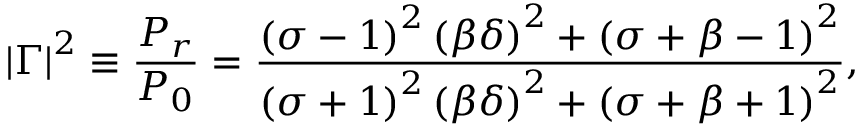
\left| \Gamma \right| ^ { 2 } \equiv \frac { P _ { r } } { P _ { 0 } } = \frac { \left( \sigma - 1 \right) ^ { 2 } \left( \beta \delta \right) ^ { 2 } + \left( \sigma + \beta - 1 \right) ^ { 2 } } { \left( \sigma + 1 \right) ^ { 2 } \left( \beta \delta \right) ^ { 2 } + \left( \sigma + \beta + 1 \right) ^ { 2 } } ,